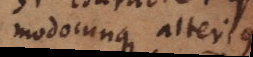
modocunque alterius